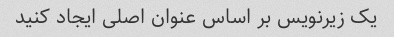
یک زیرنویس بر اساس عنوان اصلی ایجاد کنید